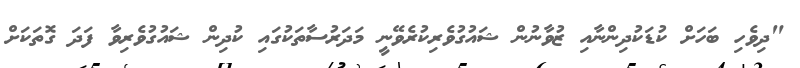
"ދިވެހި ބަހަށް ކުޑަކުދިންނާއި ޒުވާނުން ޝައުގުވެރިކުރެވޭނީ މަދަރުސާތަކުގައި ކުދިން ޝައުގުވެރިވާ ފަދަ ގޮތަކަށް